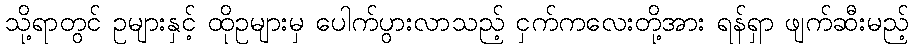
သို့ရာတွင် ဥများနှင့် ထိုဥများမှ ပေါက်ပွားလာသည့် ငှက်ကလေးတို့အား ရန်ရှာ ဖျက်ဆီးမည့်